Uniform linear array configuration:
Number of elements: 12
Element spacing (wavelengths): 0.75
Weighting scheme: hann
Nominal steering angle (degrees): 0
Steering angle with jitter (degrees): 0.8703
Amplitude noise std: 0.05
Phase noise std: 0.05

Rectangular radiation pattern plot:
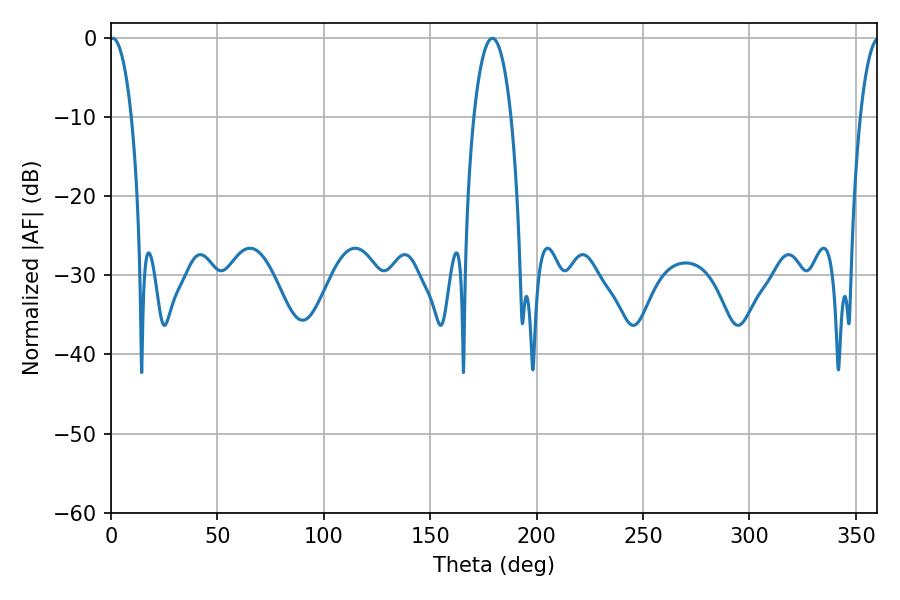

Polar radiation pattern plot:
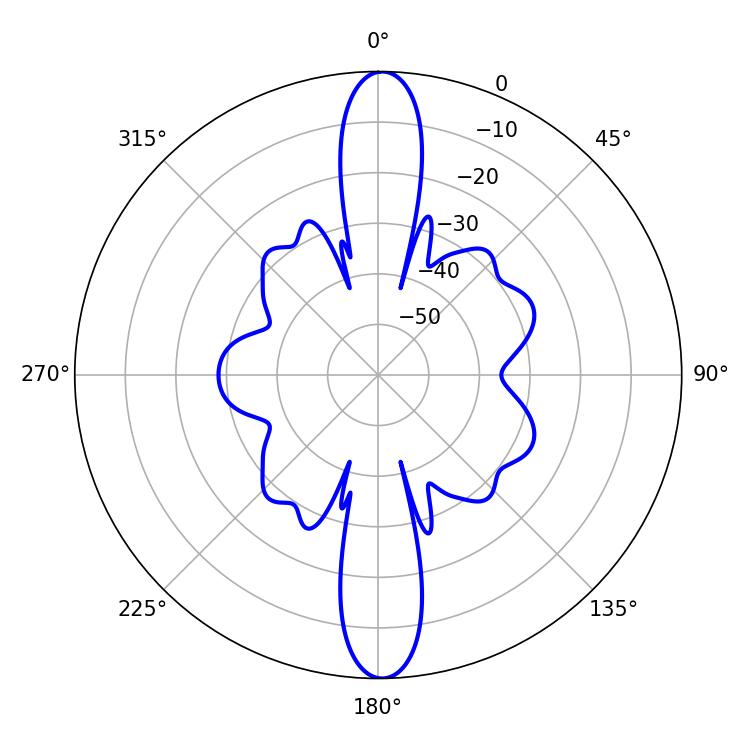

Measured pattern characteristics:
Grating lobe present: TRUE
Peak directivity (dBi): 25.573
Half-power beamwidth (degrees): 5.76
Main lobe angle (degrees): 0.72